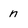
Character: n